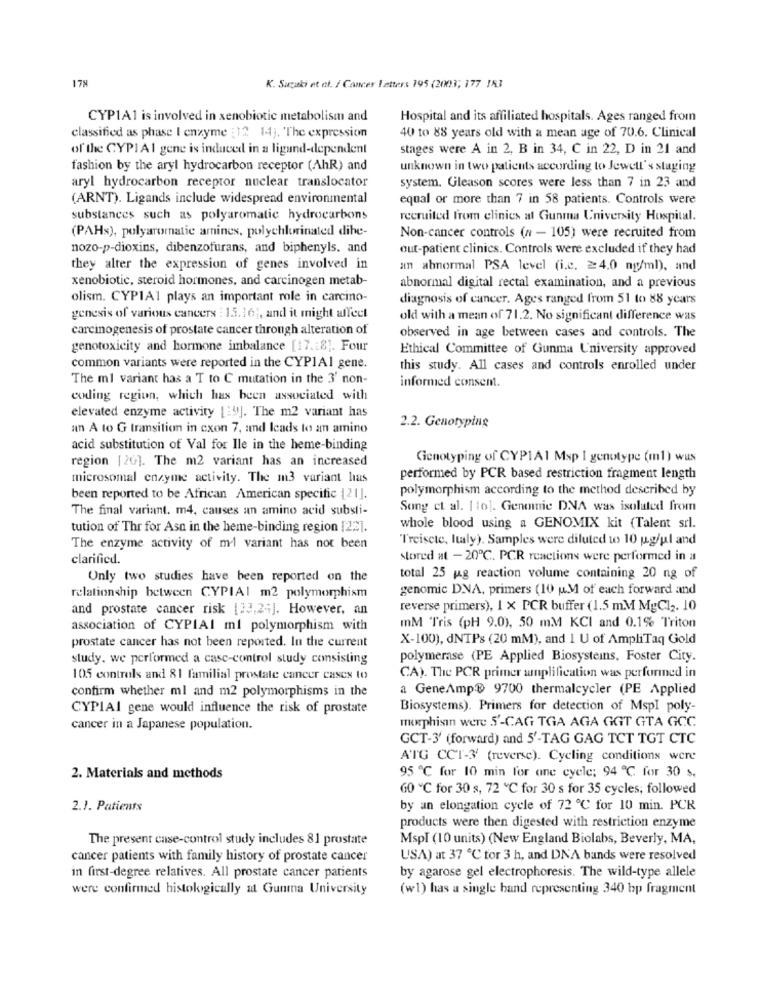
178
K. Suzuki et al. / Cancer Letters 195 (2003; 177 153
CYP1A1 is involved in xenobiotic metabolism and
Hospital and its affiliated hospitals. Ages ranged from
classified as phase I enzyme : 12 14). The expression
40 to 88 years old with a mean age of 70.6. Clinical
of the CYPIA1 gene is induced in a ligand-dependent
stages were A in 2, B in 34, C in 22, D in 21 and
fashion by the aryl hydrocarbon receptor (AhR) and
unknown in two patients according to Jewell's staging
aryl hydrocarbon receptor nuclear translocator
system. Gleason scores were less than 7 in 23 and
(ARNT). Ligands include widespread environmental
equal or more than 7 in 58 patients. Controls were
substances such as polyaromatic hydrocarbons
recruited from clinics al Gunma University Hospital.
(PAHs), polyaromatic amines, polychlorinated dihe-
Non-cancer controls (n - 105) were recruited from
nozo-p-dioxins, dibenzofurans, and biphenyls. and
out-patient clinics. Controls were excluded if they had
they alter the expression of genes involved in
an abnormal PSA level (i.c. ≥4.0 ng/ml), and
xenobiotic, steroid hormones, and carcinogen metab-
abnormal digital rectal examination, and a previous
olism. CYPIA1 plays an important role in carcino-
diagnosis of cancer. Ages ranged from 51 to 88 years
genesis of various cancers : 15.16 ;, and it might affect
old with a mean of 71.2. No significant difference was
carcinogenesis of prostate cancer through alteration of
observed in age between cases and controls. The
genotoxicity and hormone imbalance [17.18). Four
Ethical Committee of Gunma University approved
common variants were reported in the CYP1Al gene.
this study. All cases and controls enrolled under
The ml variant has a T to C mutation in the 3' non-
informed consent.
coding region, which has been associated with
elevated enzyme activity [:4]. The m2 variant has
an A to G transition in cxon 7, and leads to am amino
2.2. Genotyping
acid substitution of Val for Ile in the heme-binding
region [20]. The m2 variant has an increased
Genotyping of CYP1A1 Msp 1 genotype (ml) was
microsomal enzyme activity. The m3 variant las
performed by PCR based restriction fragment length
polymorphism according to the method described by
been reported to be African American specific [21].
The final variant. m4, causes an amino acid substi-
Song et al. [ to]. Genome DNA was isolated from
tution of Thr for Asn in the heme-binding region [22].
whole blood using a GENOMIX kit (Talent srl.
'I'reisete, Italy). Samples were diluted to 10 ug/ul and
The enzyme activity of ml variant has not been
clarified.
stored at - 20℃. PCR reactions were performed in a
Only two studies have been reported on the
total 25 ug reaction volume containing 20 ng of
genomic D.NA, primers (10 u.M of each forward and
relationship between CYPIAI m2 polymorphism
and prostate cancer risk [23,24]. However, an
reverse primers), 1 x PCR buffer (1.5 m.M MgCl2. 10
association of CYPIAI ml polymorphism with
mM Tris (pH 9.0), 50 mM KCI and 0.1% Triton
prostate cancer has not been reported. In the current
X-100), dNTPs (20 mM), and I U of AmpliTaq Gold
study. we performed a case-control study consisting
polymerase (PE Applied Biosystems. Foster City.
105 controls and 81 familial prostate cancer cases to
CA). The PCR primer amplification was performed in
confirm whether ml and m2 polymorphisms in the
a GeneAmp® 9700 thermalcycler (PE Applied
CYPIAI gene would influence the risk of prostate
Biosystems). Primers for detection of MspI poly-
morphisin were 5'-CAG TGA AGA GGT GTA GCC
cancer in a Japanese population.
GCT-3' (forward) and 5'-TAG GAG TCT TGT CTC
ATG CCT-3' (reverse). Cycling conditions were
2. Materials and methods
95 ℃ for 10 min for one cycle; 94 ℃ for 30 s.
60 ℃ for 30 s, 72 ℃ for 30 s for 35 cycles, followed
2.1. Patients
by an elongation cycle of 72 ℃ for 10 min. PCR
products were then digested with restriction enzyme
The present case-control study includes 81 prostate
Mspl (10 units) (New England Biolabs, Beverly, MA,
cancer patients with family history of prostate cancer
USA) at 37 ℃ for 3 h, and DNA bands were resolved
in first-degree relatives. All prostate cancer patients
by agarose gel electrophoresis. The wild-type allele
were confirmed histologically at Gunma University
(w1) has a single band representing 340 bp fragment